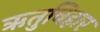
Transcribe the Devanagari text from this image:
ऋतुविहार